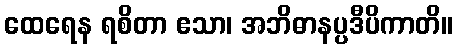
ထေရေန ရစိတာ ဧသာ၊ အဘိဓာနပ္ပဒီပိကာတိ။